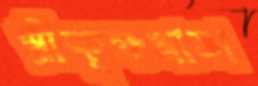
শ্রীকৃষ্ণমাতা